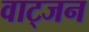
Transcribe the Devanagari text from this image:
वाट्जन